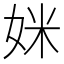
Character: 𫰤